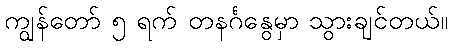
ကျွန်တော် ၅ ရက် တနင်္ဂနွေမှာ သွားချင်တယ်။